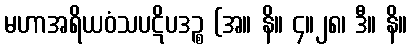
မဟာအရိယဝံသပဋိပဒဉ္စ (အ။ နိ။ ၄။၂၈၊ ဒီ။ နိ။